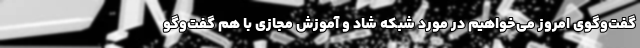
گفت‌وگوی امروز می‌خواهیم در مورد شبکه شاد و آموزش مجازی با هم گفت‌وگو